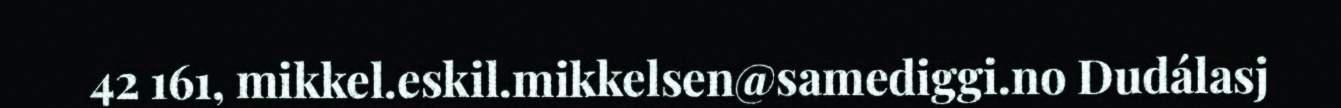
42 161, mikkel.eskil.mikkelsen@samediggi.no Dudálasj